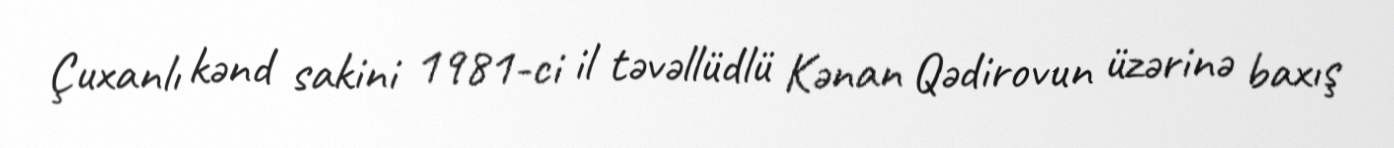
Çuxanlı kənd sakini 1981-ci il təvəllüdlü Kənan Qədirovun üzərinə baxış